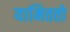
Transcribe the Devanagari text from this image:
यामिततो